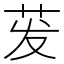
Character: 𬜧